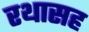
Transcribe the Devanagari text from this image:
रथासह